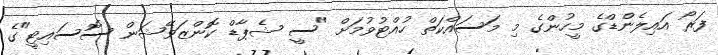
ފަރޯ އައިލެންޑްގެ މީހުންގެ މި މަސައްކަތް ހުއްޓުވުމަށް "ސީ ޝެޕާޑް ކޮންޒަވޭޝަން ސޮސައިޓީ"ގެ